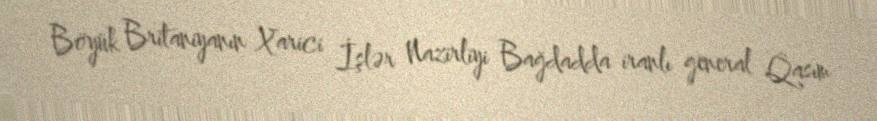
Böyük Britaniyanın Xarici İşlər Nazirliyi Bağdadda iranlı general Qasım